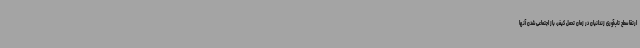
ارتقا سطح تاب‌آوری زندانیان در زمان تحمل کیفر، باز اجتماعی شدن آنها